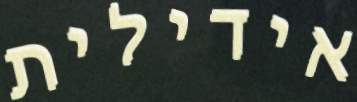
אידילית